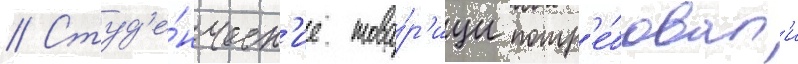
// Студ'е́нческ'ие това́р'ищи потр'е́бовал'и